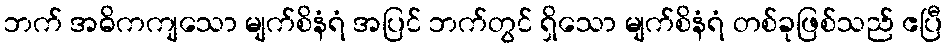
ဘက် အဓိကကျသော မျက်စိနံရံ အပြင် ဘက်တွင် ရှိသော မျက်စိနံရံ တစ်ခုဖြစ်သည် ဧပြီ